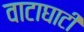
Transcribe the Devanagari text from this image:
वाटाघाटीं